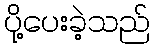
ပို့ပေးခဲ့သည်